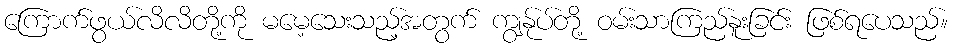
ကြောက်ဖွယ်လိလိတို့ကို မမေ့သေးသည့်အတွက် ကျွန်ုပ်တို့ ဝမ်းသာကြည်နူးခြင်း ဖြစ်ရပေသည်။